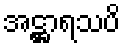
အဋ္ဌာရသပိ